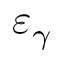
\varepsilon _ { \gamma }